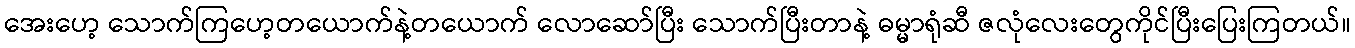
အေးဟေ့ သောက်ကြဟေ့တယောက်နဲ့တယောက် လောဆော်ပြီး သောက်ပြီးတာနဲ့ ဓမ္မာရုံဆီ ဇလုံလေးတွေကိုင်ပြီးပြေးကြတယ်။